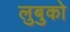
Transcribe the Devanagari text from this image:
लुबुको